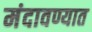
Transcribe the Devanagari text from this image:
मंदावण्यात